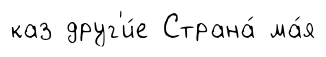
каз друг'и́е Страна́ ма́я